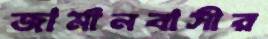
জার্মানবাসীর